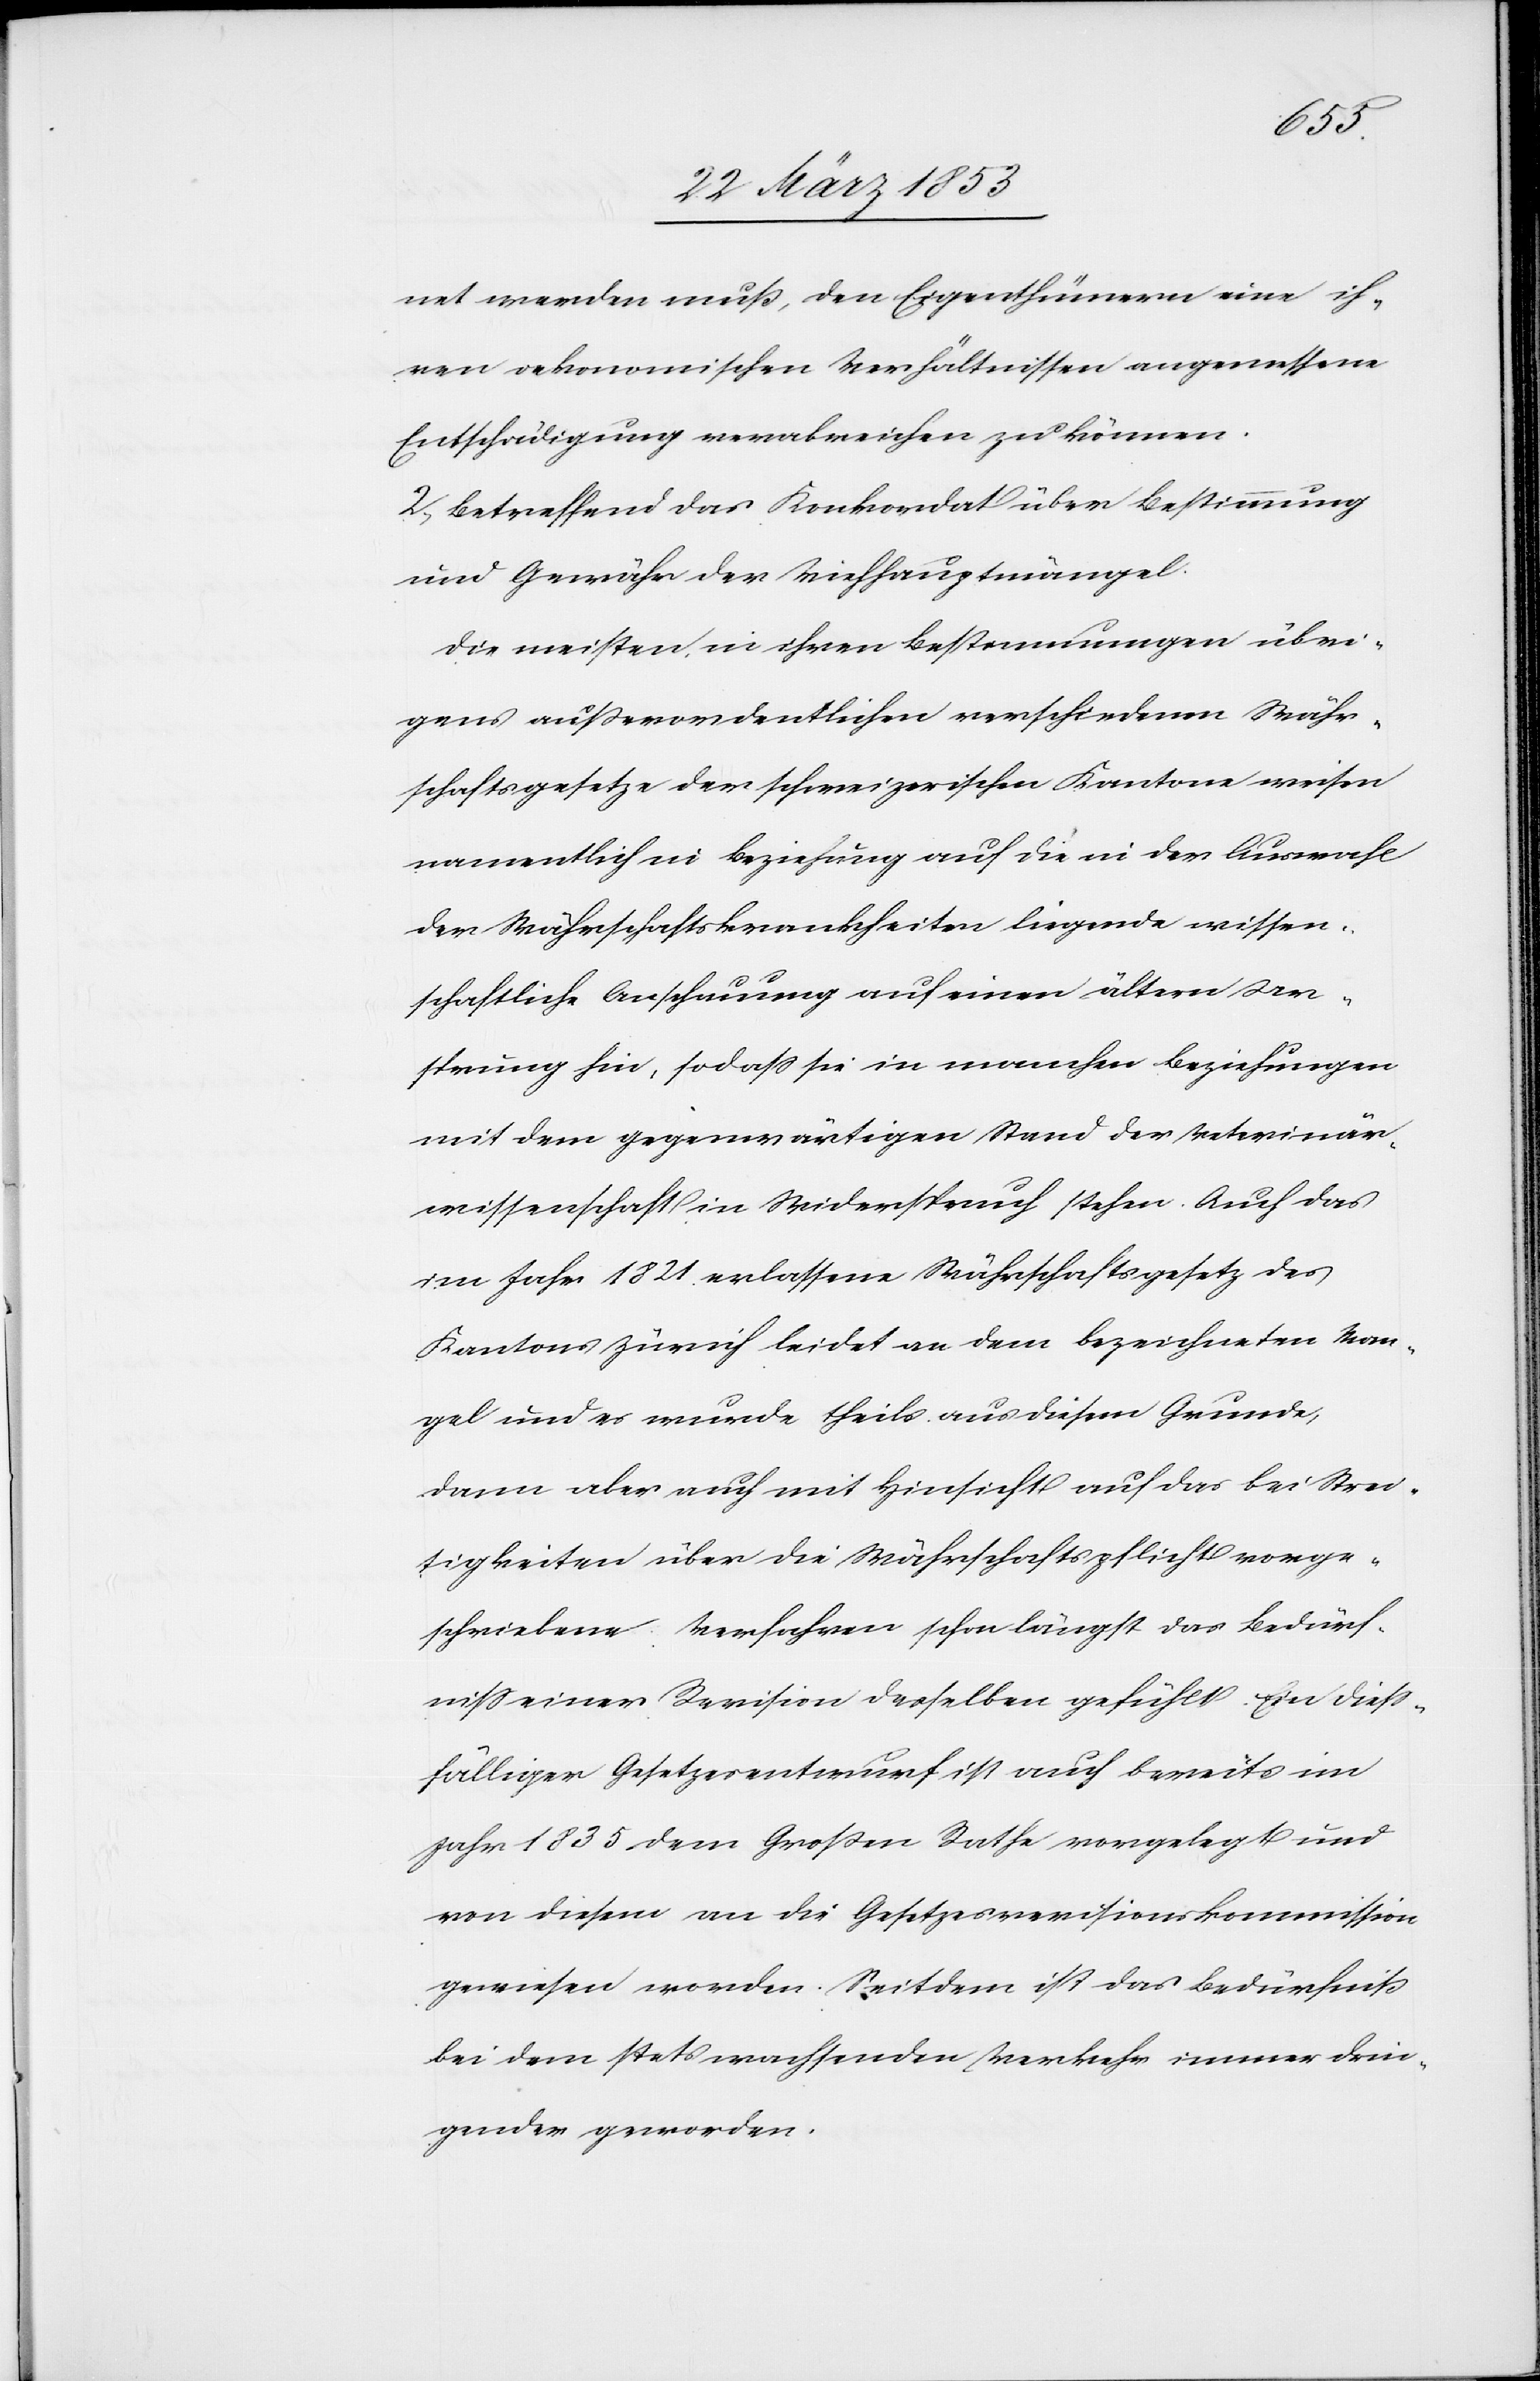
net werden muß, den Eigenthümern eine ih¬
ren oekonomischen Verhältnissen angemessene
Entschädigung verabreichen zu können.
2, Betreffend das Konkordat über Bestimmung
und Gewähr der Viehhauptmängel.
Die meisten, in ihren Bestimmungen übri¬
gens außerordentlichen verschiedenen Währ¬
schaftsgesetze der schweizerischen Kantone weisen
namentlich in Beziehung auf die in der Auswahl
der Währschaftskrankheiten liegende wissen¬
schaftliche Anschauung auf einen ältern Ur¬
sprung hin, so daß sie in manchen Beziehungen
mit dem gegenwärtigen Stand der Veterinär¬
wissenschaft in Widerspruch stehen. Auch das
im Jahr 1821 erlassene Währschaftsgesetz des
Kantons Zürich leidet an dem bezeichneten Man¬
gel und es wurde theils aus diesem Grunde,
dann aber auch mit Hinsicht auf das bei Strei¬
tigkeiten über die Währschaftspflicht vorge¬
schriebene Verfahren schon längst das Bedürf¬
niß einer Revision desselben gefühlt. Ein dieß¬
fälliger Gesetzesentwurf ist auch bereits im
Jahr 1835 dem Großen Rathe vorgelegt und
von diesem an die Gesetzesrevisionskommission
gewiesen worden. Seitdem ist das Bedürfniß
bei dem stets wachsenden Verkehr immer drin¬
gender geworden.